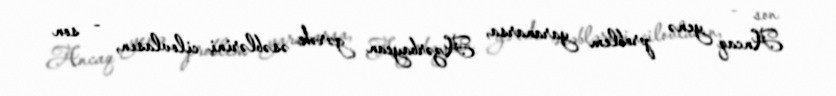
Ancaq yenə problem yaranarsa, Azərbaycan gərək əsəblərini cilovlasın, - son